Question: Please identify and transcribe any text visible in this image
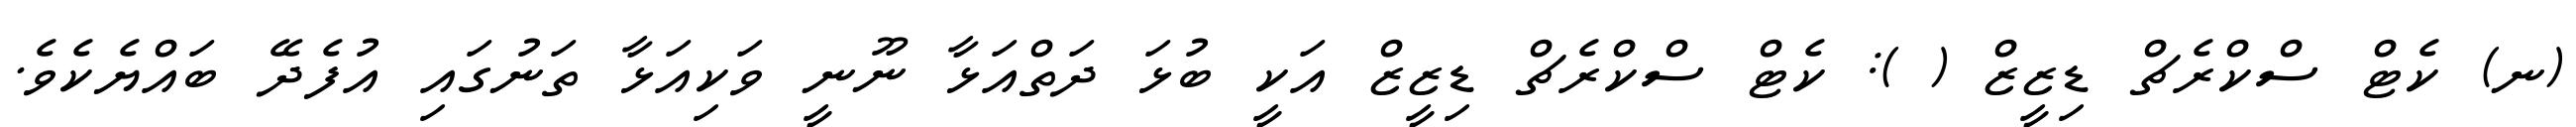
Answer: (ނ) ކެޓް ސްކްރެޗް ޑިޒީޒް ( ): ކެޓް ސްކްރެޗް ޑިޒީޒް އަކީ ބުޅަ ދަތްއަޅާ ނޫނީ ވަކިއަޅާ ތަނުގައި އުފެދޭ ބައްޔެކެވެ.